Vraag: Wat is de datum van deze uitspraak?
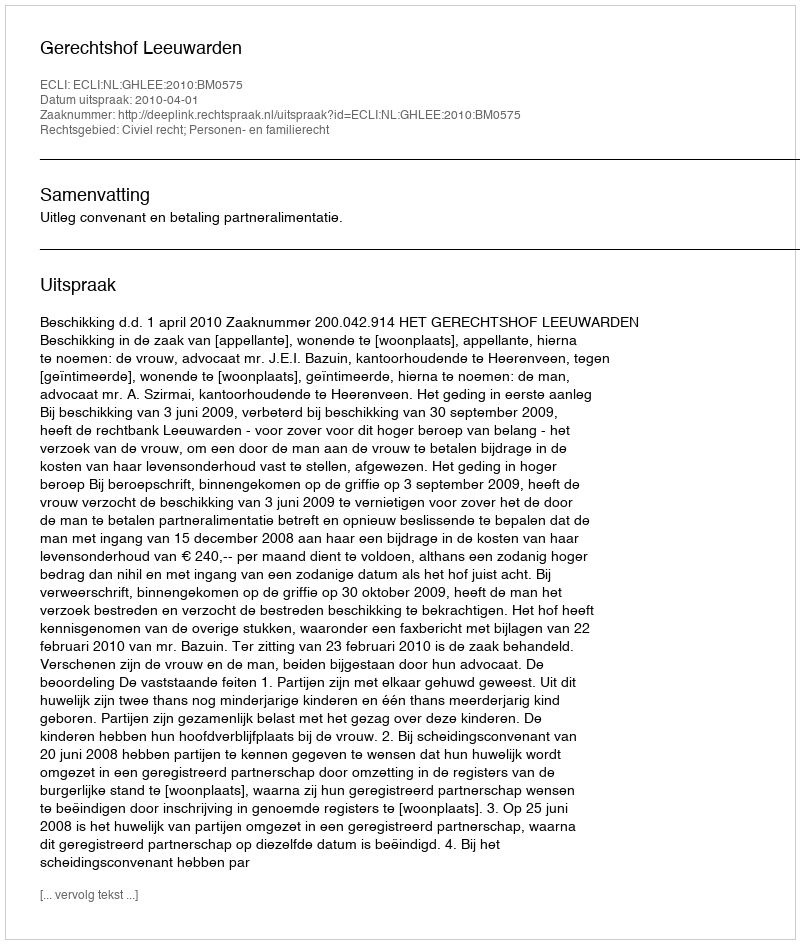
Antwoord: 2010-04-01